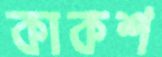
কাকশ